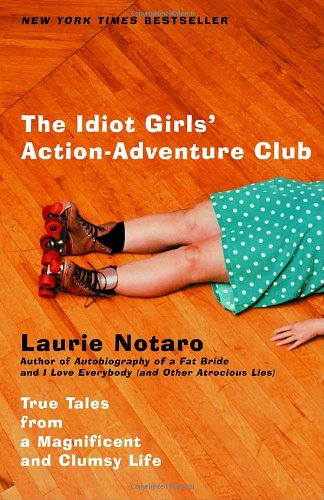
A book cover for The Idiot Girls' Action-Adventure Club: True Tales from a Magnificent and Clumsy Life; Laurie Notaro; Humor & Entertainment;